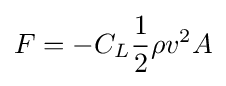
F=-C_{L}{\frac {1}{2}}\rho v^{2}A